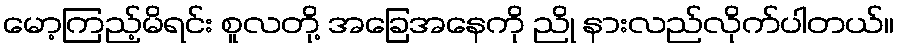
မော့ကြည့်မိရင်း စူလတို့ အခြေအနေကို ညို နားလည်လိုက်ပါတယ်။